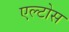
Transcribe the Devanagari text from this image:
एल्टोस